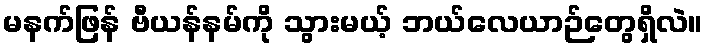
မနက်ဖြန် ဗီယန်နမ်ကို သွားမယ့် ဘယ်လေယာဉ်တွေရှိလဲ။